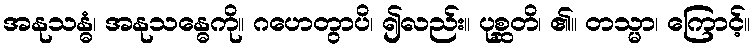
အနုသန္ဓံ၊ အနုသန္ဓေကို။ ဂဟေတွာပိ၊ ၍လည်း။ ပုစ္ဆတိ၊ ၏။ တသ္မာ၊ ကြောင့်။